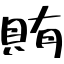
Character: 賄